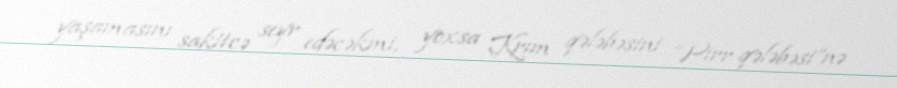
yaşamasını sakitcə seyr edəcəkmi, yoxsa Krım qələbəsini “Pirr qələbəsi”nə